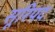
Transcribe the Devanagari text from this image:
सूरिपद